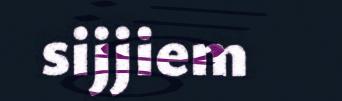
sijjiem